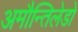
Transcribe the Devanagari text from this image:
अमौन्तिलेडो